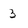
Character: 3